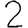
Digit: 2